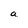
Character: a